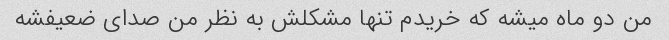
من دو ماه میشه که خریدم تنها مشکلش به نظر من صدای ضعیفشه